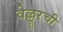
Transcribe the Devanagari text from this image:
वेल्लूरची